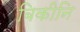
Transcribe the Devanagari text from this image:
बिकीनि